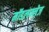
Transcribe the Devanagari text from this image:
मॉडलफ्लेज